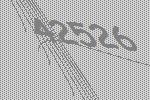
42526